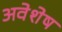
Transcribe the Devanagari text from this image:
अवेशेष